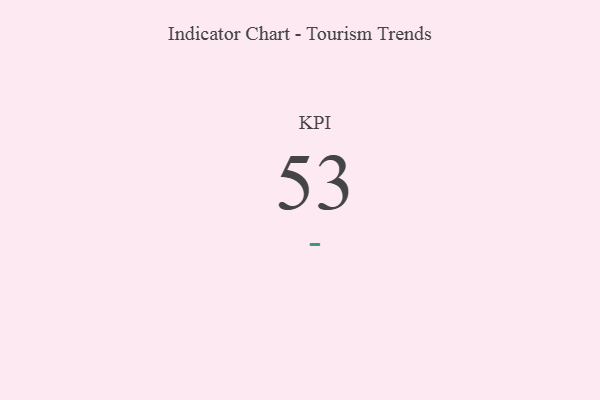
{"axis": {"x": "KPI", "y": "Value"}, "legend": [""], "data": [{"x": "KPI", "y": 53, "type": ""}]}